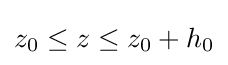
z_{0}\leq z\leq z_{0}+h_{0}